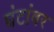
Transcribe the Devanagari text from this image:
घंटांवर